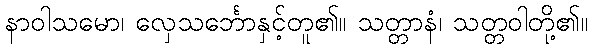
နာဝါသမော၊ လှေသင်္ဘောနှင့်တူ၏။ သတ္တာနံ၊ သတ္တဝါတို့၏။